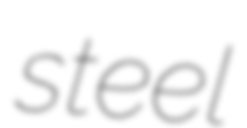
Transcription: steel